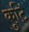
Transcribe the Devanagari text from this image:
कुटि